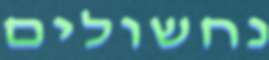
נחשולים